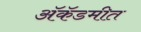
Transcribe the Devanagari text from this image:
ॲकॅडमीत